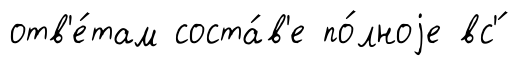
отв'е́там соста́в'е по́лноjе вс'́